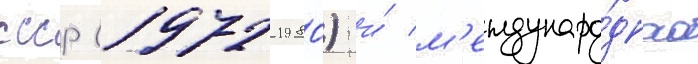
ссср (1972-1980) и́ м'еждунаро́дного